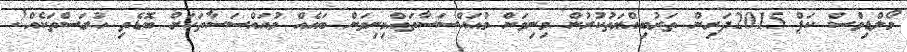
މޯލްޑިވްސް ކަޕް 2015ދަރިން ތަރުބިއްޔަތުކުރުން މިނިވަން މުއައްސަސާތައްމިނިވަން ބައެއް މުއައްސަސާތަކަށް ބޮޑެތި ހުރަސްތަކެއް!